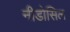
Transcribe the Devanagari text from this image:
नीडोसिल